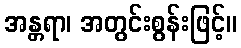
အန္တရာ၊ အတွင်းစွန်းဖြင့်။